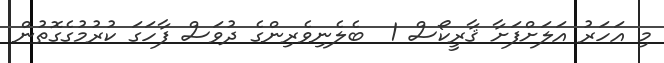
މި އަހަރު އަލަށްފަށާ ޤާރީކޯސް 1  ބެލެނިވެރިންގެ ދުވަސް ފާހަގަ ކުރުމުގެގޮތުން